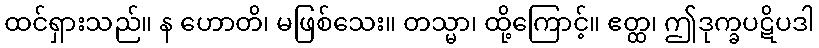
ထင်ရှားသည်။ န ဟောတိ၊ မဖြစ်သေး။ တသ္မာ၊ ထို့ကြောင့်။ ဧတ္ထ၊ ဤဒုက္ခပဋိပဒါ